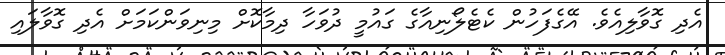
އެދި ގޮވާލިއެވެ. އޭގެފަހުން ކެޓެލޯނިއާގެ ގައުމީ ދުވަހާ ދިމާކޮށް މިނިވަންކަމަށް އެދި ގޮވާލައި